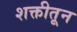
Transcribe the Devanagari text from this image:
शक्तीतून